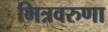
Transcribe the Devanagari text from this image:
मित्रवरुणा